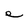
Character: e